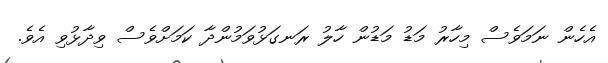
އެހެން ނަމަވެސް މިހާރު މަޑު މަޑުން ހާލު ރަނގަޅުވަމުންދާ ކަމަށްވެސް ވިދާޅުވި އެވެ.